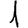
Digit: 1